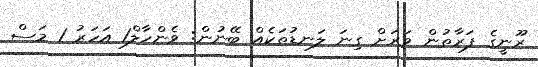
ރޫނީގެ ފަރާތުން ވަރަށް ގިނަ ލަނޑުތަކެއް ބޭނުން: ވެންހާލް1 އަހަރު 1 މަސް